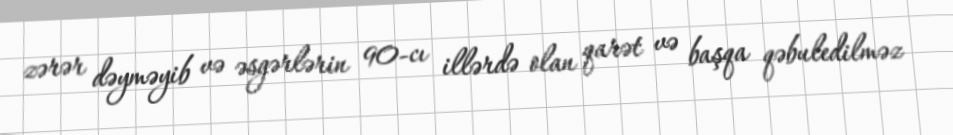
zərər dəyməyib və əsgərlərin 90-cı illərdə olan qarət və başqa qəbuledilməz